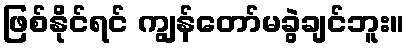
ဖြစ်နိုင်ရင် ကျွန်တော်မခွဲချင်ဘူး။